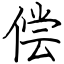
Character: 偿